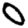
Digit: 0